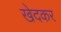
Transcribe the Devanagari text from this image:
खेदकर